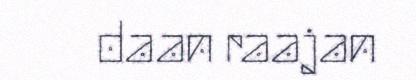
daan raajan